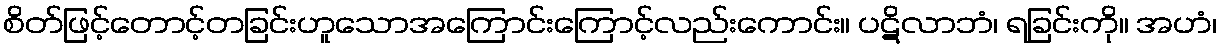
စိတ်ဖြင့်တောင့်တခြင်းဟူသောအကြောင်းကြောင့်လည်းကောင်း။ ပဋိလာဘံ၊ ရခြင်းကို။ အဟံ၊